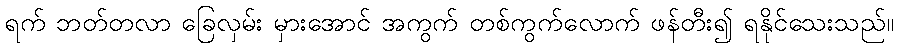
ရက် ဘတ်တလာ ခြေလှမ်း မှားအောင် အကွက် တစ်ကွက်လောက် ဖန်တီး၍ ရနိုင်သေးသည်။